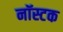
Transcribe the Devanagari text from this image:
नॉस्टक